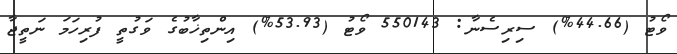
ވޯޓު (44.66%) ސިރިސެނާ: 550143 ވޯޓު (53.93%) އިންތިޚާބުގެ ވަގުތީ ފުރިހަމަ ނަތީޖާ